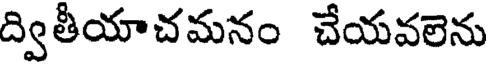
ద్వితీయాచమనం చేయవలెను